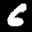
Label: 6